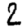
Digit: 2